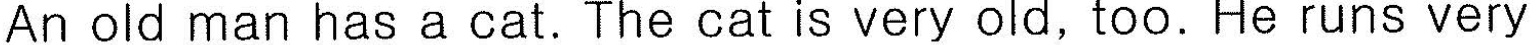
An old man has a cat.The cat is very old, too. He runs very